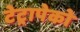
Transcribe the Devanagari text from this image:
टेट्रापेको